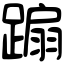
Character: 𨃩